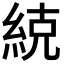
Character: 𮈒